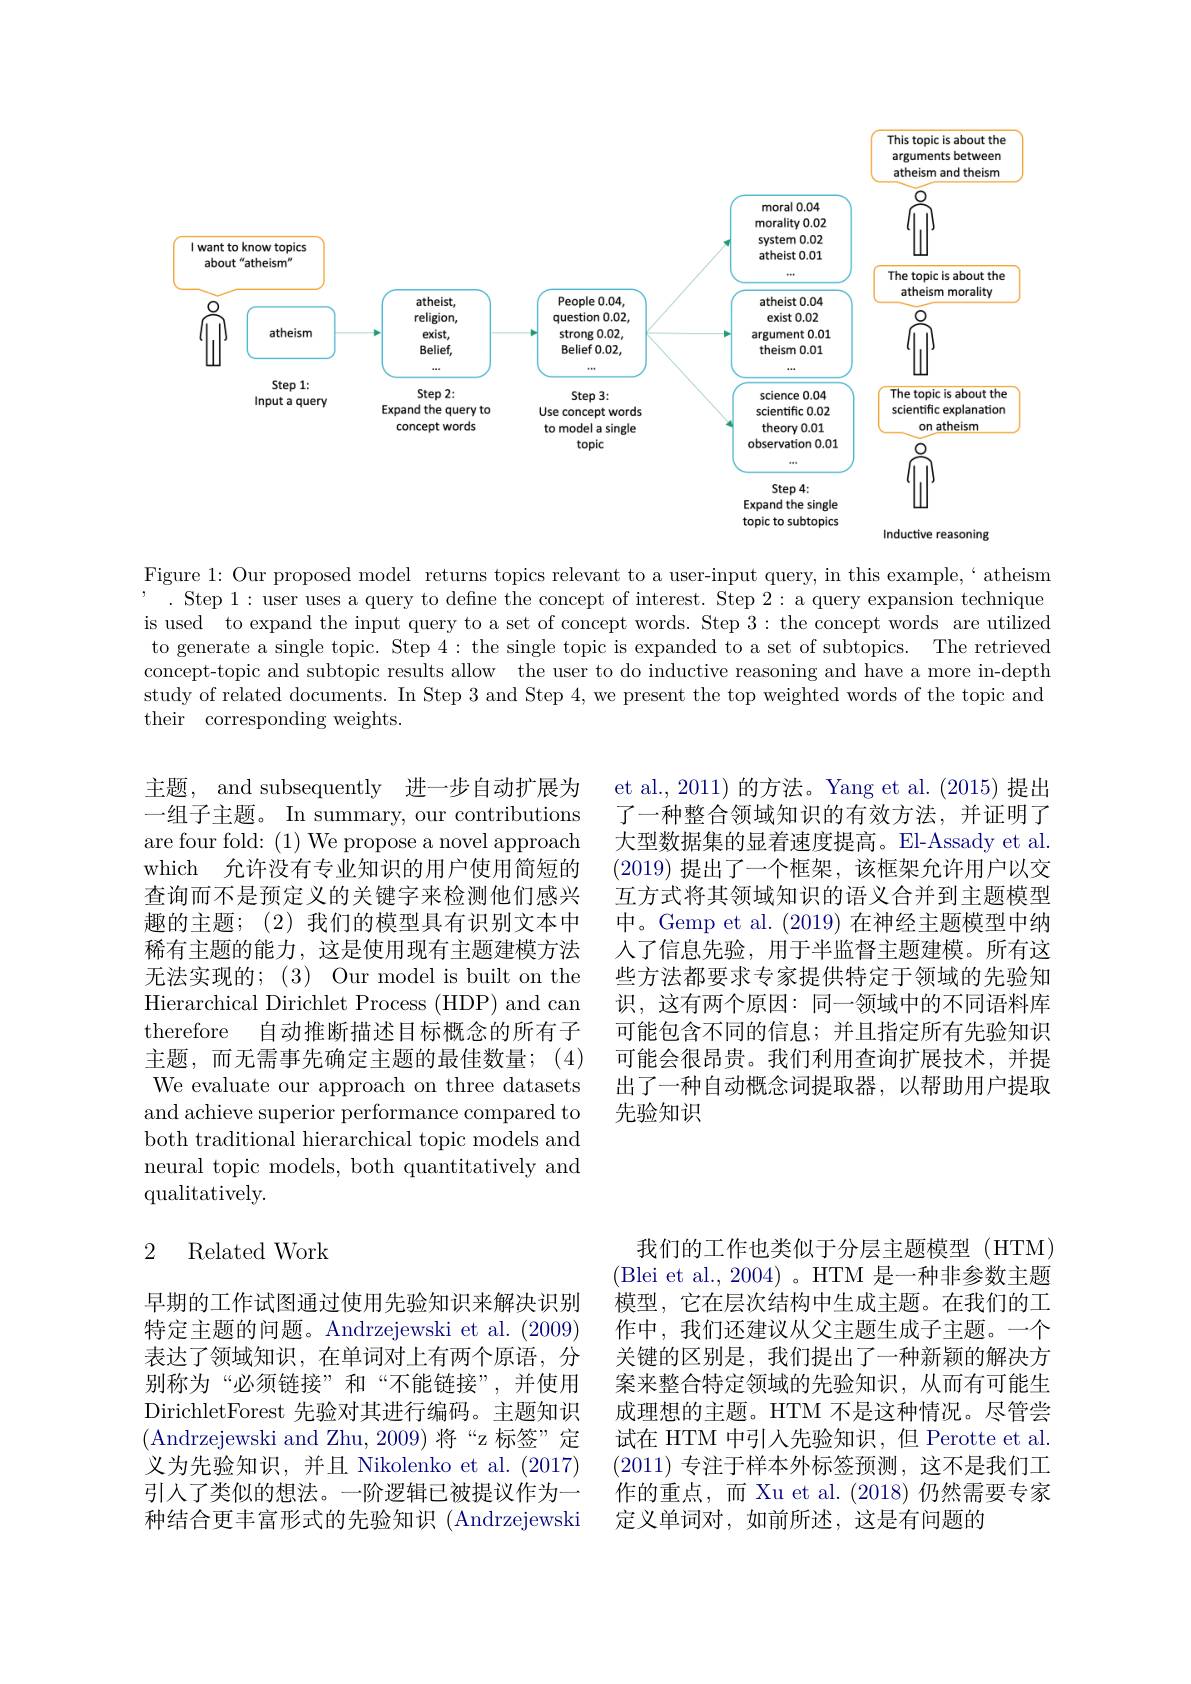
<FigureHere>

Figure 1: Our proposed model returns topics relevant to a user-input query, in this example,` atheism
. Step 1: user uses a query to defne the concept of interest. Step 2: a query expansion technique is used to expand the input query to a set of concept words. Step 3: the concept words are utilized to generate a single topic. Step 4: the single topic is expanded to a set of subtopics. The retrieved concept-topic and subtopic results allow the user to do inductive reasoning and have a more in-depth study of related documents. In Step 3 and Step 4, we present the top weighted words of the topic and their corresponding weights.

et al., 2011) 的方法。Yang et al. (2015) 提出了一种整合领域知识的有效方法，并证明了大型数据集的显着速度提高。El-Assady et al. (2019)提出了一个框架，该框架允许用户以交互方式将其领域知识的语义合并到主题模型中。Gemp et al. (2019)在神经主题模型中纳人了信息先验，用于半监督主题建模。所有这些方法都要求专家提供特定于领域的先验知识，这有两个原因：同一领域中的不同语料库可能包含不同的信息；并且指定所有先验知识可能会很昂贵。我们利用查询扩展技术，并提出了一种自动概念词提取器，以帮助用户提取先验知识

主题，and subsequently 进一步自动扩展为一组子主题。In summary, our contributions are four fold: (1) We propose a novel approach which 允许没有专业知识的用户使用简短的查询而不是预定义的关键字来检测他们感兴趣的主题；(2)我们的模型具有识别文本中稀有主题的能力，这是使用现有主题建模方法无法实现的；(3) Our model is built on the Hierarchical Dirichlet Process (HDP) and can therefore 自动推断描述目标概念的所有子主题，而无需事先确定主题的最佳数量；(4) We evaluate our approach on three datasets and achieve superior performance compared to both traditional hierarchical topic models and neural topic models, both quantitatively and qualitatively.

## 2 Related Work

我们的工作也类似于分层主题模型(HTM) (Blei et al., 2004)。HTM 是一种非参数主题模型，它在层次结构中生成主题。在我们的工作中，我们还建议从父主题生成子主题。一个关键的区别是，我们提出了一种新颖的解决方案来整合特定领域的先验知识，从而有可能生成理想的主题。HTM 不是这种情况。尽管尝试在 HTM 中引入先验知识，但 Perotte et al (2011)专注于样本外标签预测，这不是我们工作的重点，而 Xu et al.(2018)仍然需要专家定义单词对，如前所述，这是有问题的

早期的工作试图通过使用先验知识来解决识别特定主题的问题。Andrzejewski et al. (2009) 表达了领域知识，在单词对上有两个原语，分别称为“必须链接”和“不能链接”,并使用DirichletForest 先验对其进行编码。主题知识(Andrzejewski and Zhu, 2009)将“z 标签”定义为先验知识，并且 Nikolenko et al. (2017) 引人了类似的想法。一阶逻辑已被提议作为一种结合更丰富形式的先验知识 (Andrzejewski